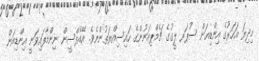
މިދިޔަ އަހަރުގެ އިންޑިއަން ސުޕަރ ލީގުގެ ޗެމްޕިއަނުންގެ ހައިސިއްޔަތުންނެވެ. އޭއެފްސީން ނިންމާފައިވަނީ އިންޑިއަން